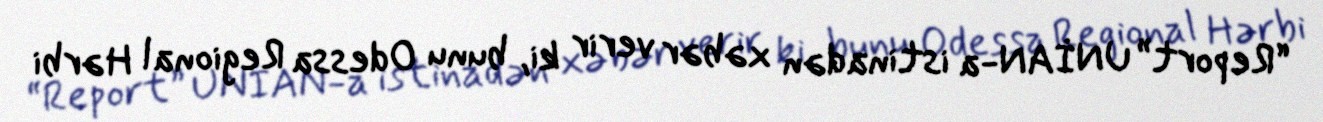
“Report” UNİAN-a istinadən xəbər verir ki, bunu Odessa Regional Hərbi